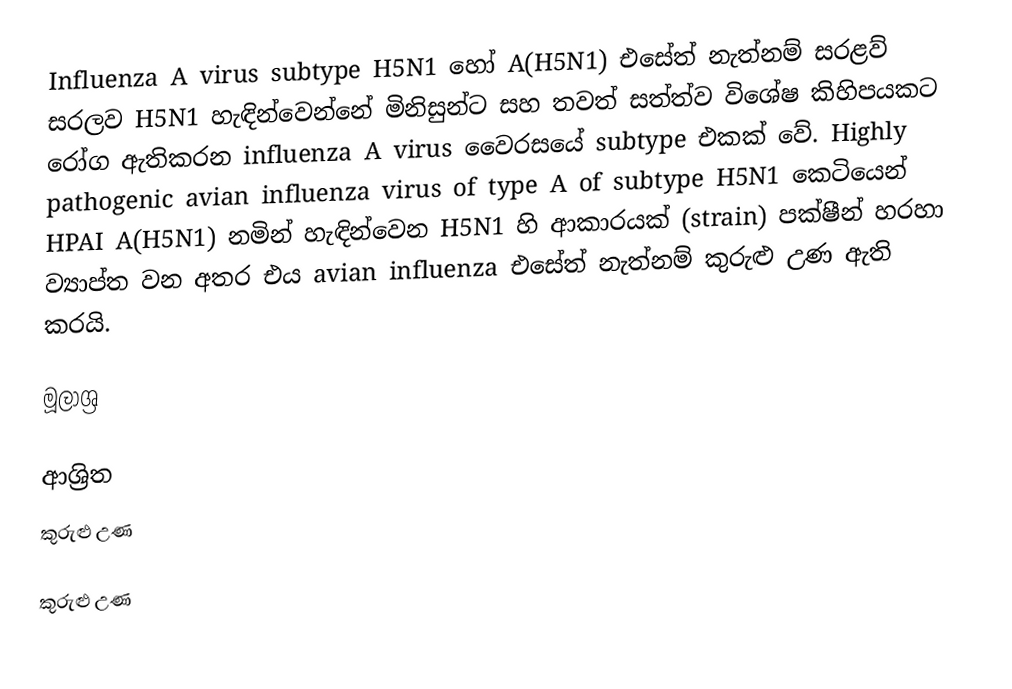
Influenza A virus subtype H5N1 හෝ A(H5N1) එසේත් නැත්නම් සරළව් සරලව H5N1 හැඳින්වෙන්නේ මිනිසුන්ට සහ තවත් සත්ත්ව විශේෂ කිහිපයකට රෝග ඇතිකරන influenza A virus වෛරසයේ subtype එකක් වේ. Highly pathogenic avian influenza virus of type A of subtype H5N1 කෙටියෙන් HPAI A(H5N1) නමින් හැඳින්වෙන H5N1 හි ආකාරයක් (strain) පක්ෂීන් හරහා ව්‍යාප්ත වන අතර එය avian influenza එසේත් නැත්නම් කුරුළු උණ ඇති කරයි.

මූලාශ්‍ර

ආශ්‍රිත
 කුරුළු උණ

කුරුළු උණ